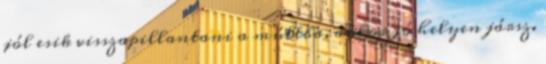
jól esik visszapillantani a múltba, akkor jó helyen jársz.